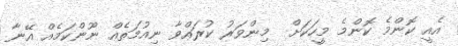
އެއީ ކޮންމެ ކޮންމެ މީހަކަށް  މިންވަރު ކުރައްވާ ނިއުމަތެއް ނޫންކަމެއް އޭނާ